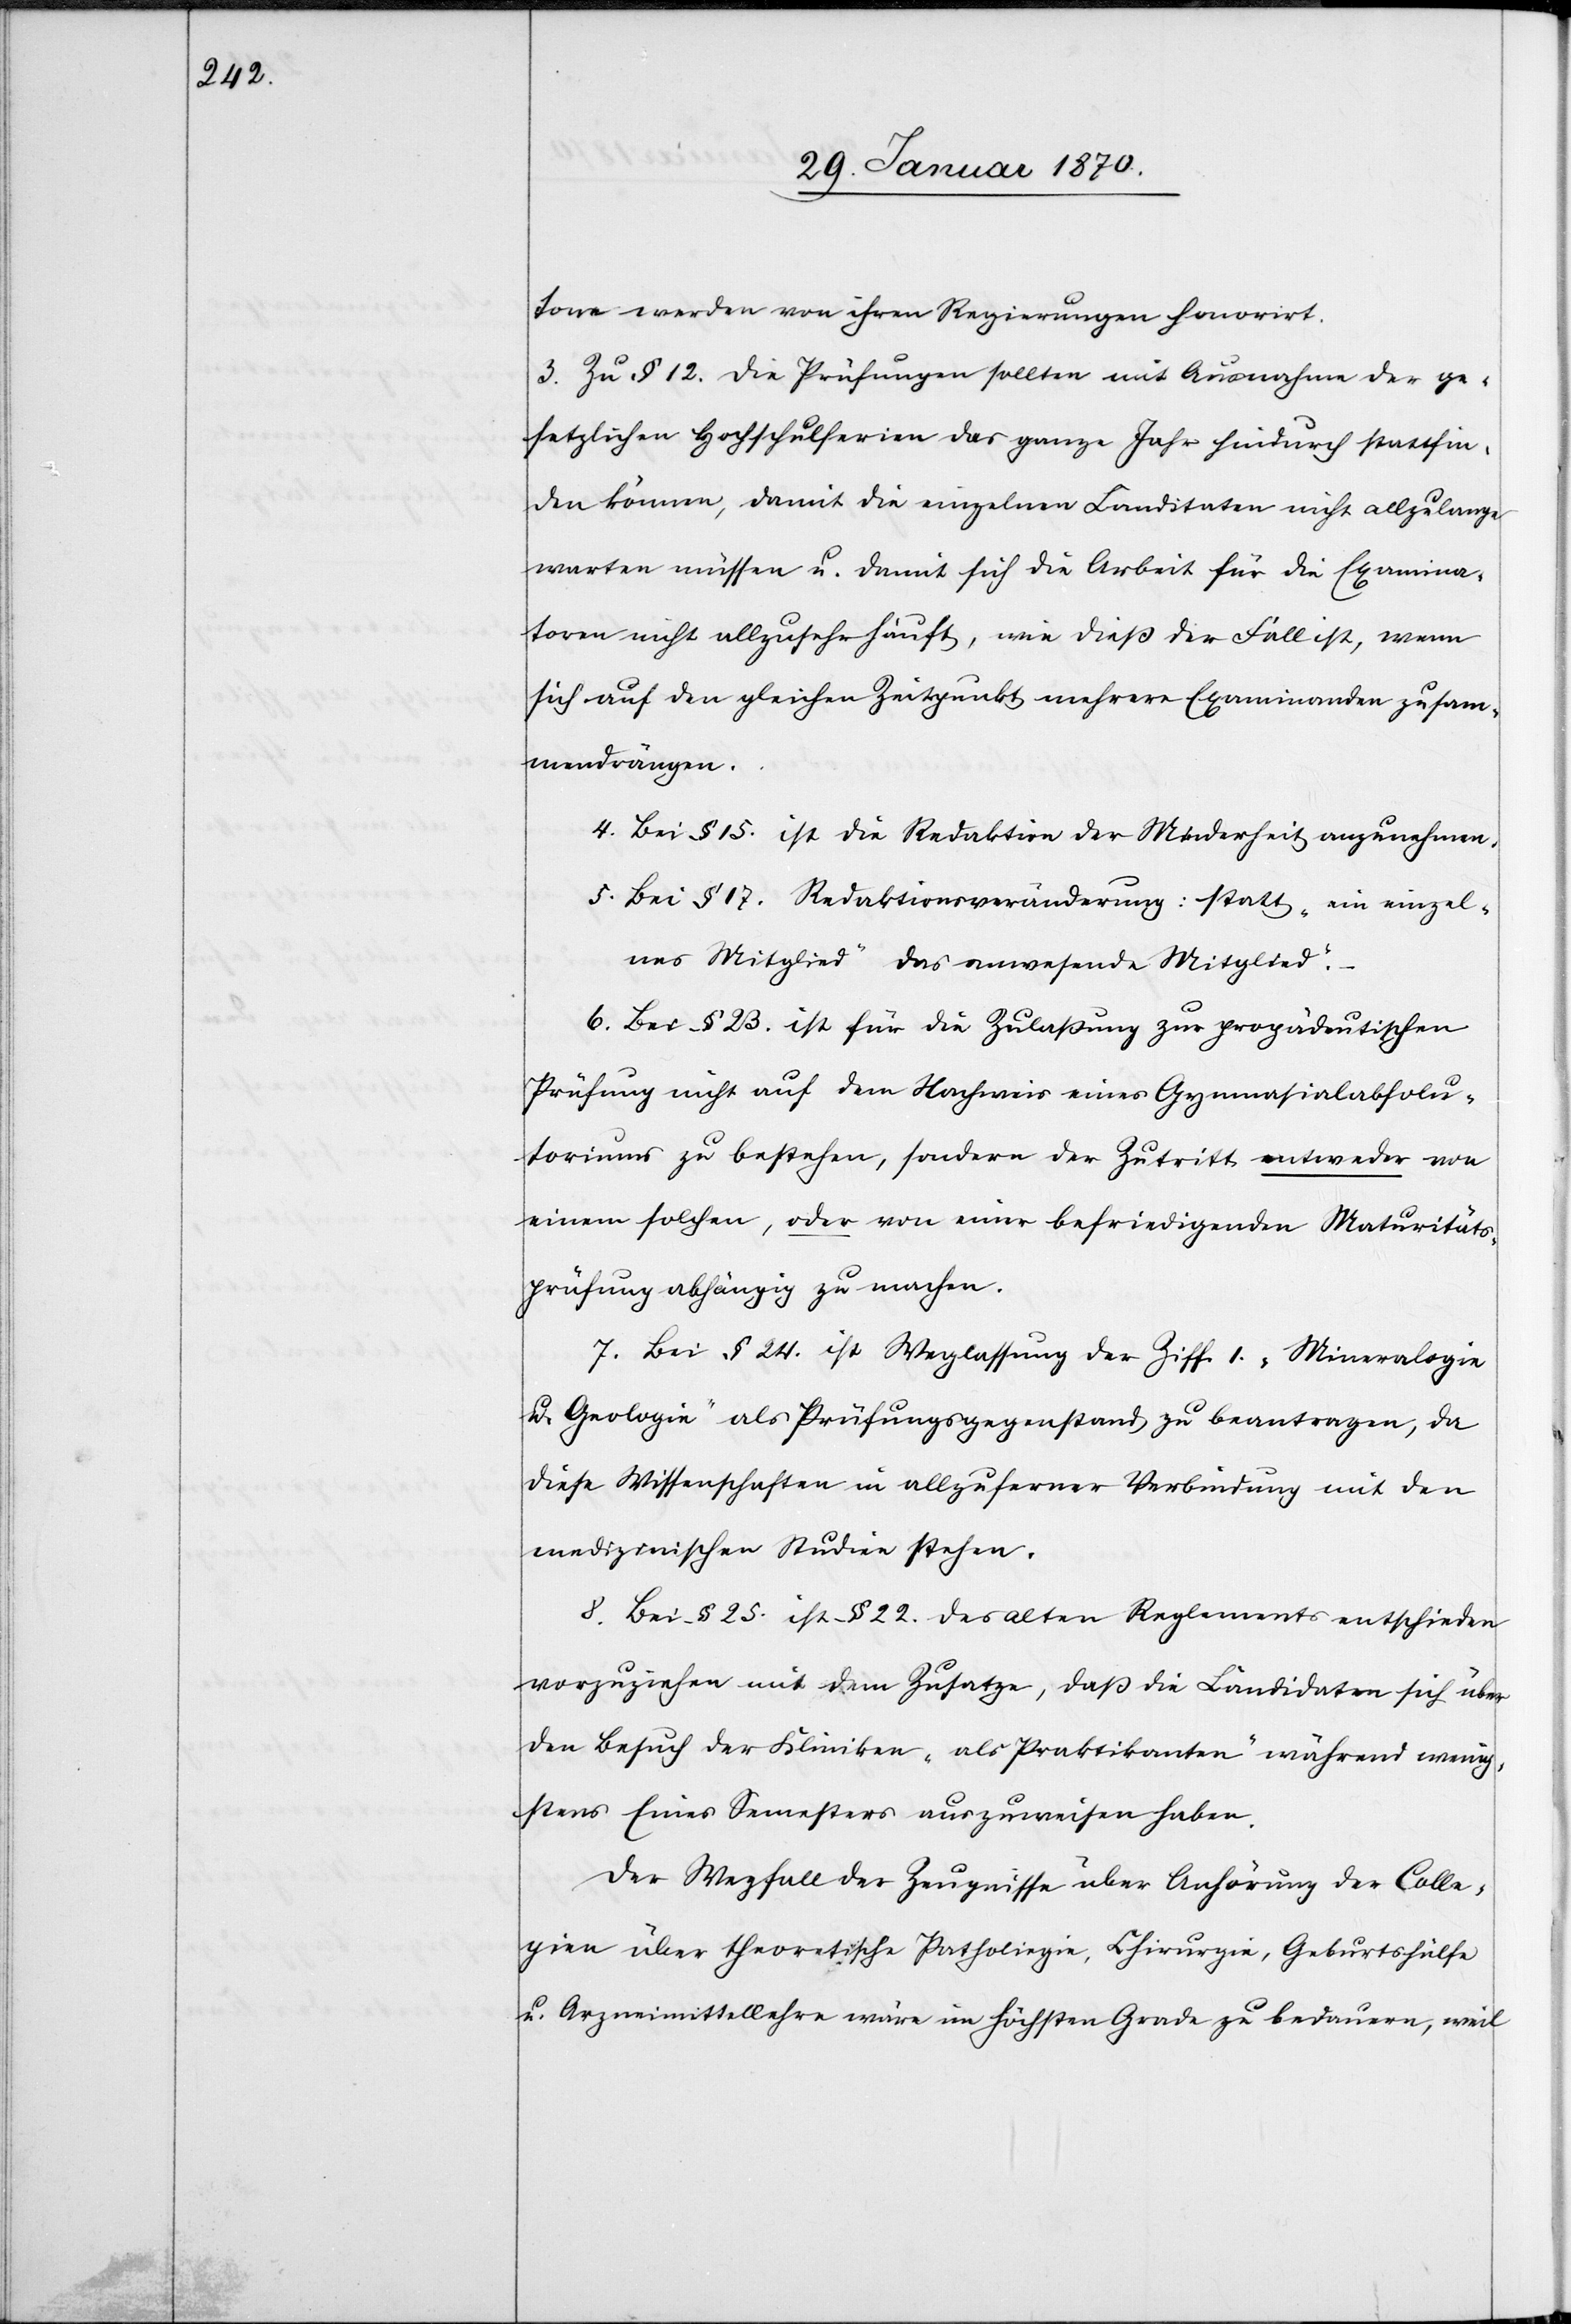
tone werden von ihren Regierungen honorirt.
3. Zu § 12. Die Prüfungen sollten mit Ausnahme der ge¬
setzlichen Hochschulferien das ganze Jahr hindurch stattfin¬
den können, damit die einzelnen Kandidaten nicht allzulange
warten müssen u. damit sich die Arbeit für die Examina¬
toren nicht allzusehr häuft, wie dieß der Fall ist, wenn
sich auf den gleichen Zeitpunkt mehrere Examinanden zusam¬
mendrängen.
4. Bei § 15. ist die Redaktion der Minderheit anzunehmen.
5. Bei § 17. Reduktionsveränderung: statt „ ein einzel¬
nes Mitglied“ „das anwesende Mitglied“.
–
6. Bei § 23. ist für die Zulaßung zur propädeutischen
Prüfung nicht auf dem Nachweis eines Gymnasialabsolu¬
toriums zu bestehen, sondern der Zutritt entweder von
einem solchen, oder von einer befriedigenden Maturitäts¬
prüfung abhängig zu machen.
7. Bei § 24. ist Weglassung der Ziff. 1. „Mineralogie
u. Geologie“ als Prüfungsgegenstand zu beantragen, da
diese Wissenschaften in allzuferner Verbindungmit den
medizinischen Studien stehen.
8. Bei § 25. ist § 22. des alten Reglements entschieden
vorzuziehen mit dem Zusatze, daß die Kandidaten sich über
den Besuch der Kliniken „als Praktikanten“ während wenig¬
stens Eines Semesters auszuweisen haben.
Der Wegfall der Zeugnisse über Anhörung der Colle¬
gien über theoretische Patholiegie [sic!], Chirurgie, Geburtshülfe
u. Arzneimittellehre wäre im höchsten Grade zu bedauern, weil